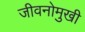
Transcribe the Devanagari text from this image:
जीवनोमुखी